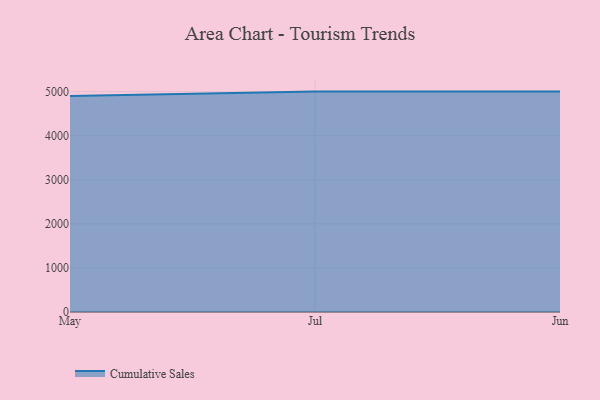
{"axis": {"x": "Month", "y": "Budget (USD K)"}, "legend": ["Cumulative Sales"], "data": [{"x": "May", "y": 4897.4, "type": "Cumulative Sales"}, {"x": "Jul", "y": 5000, "type": "Cumulative Sales"}, {"x": "Jun", "y": 5000, "type": "Cumulative Sales"}]}